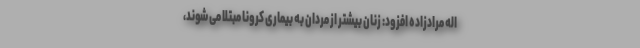
اله مرادزاده افزود: زنان بیشتر از مردان به بیماری کرونا مبتلا می شوند،